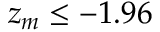
z _ { m } \leq - 1 . 9 6